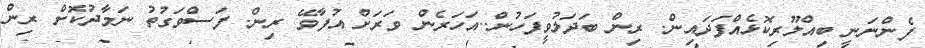
ފެންނަނީ ބިއްލޫރިކޮޅެއްފަދައިން. ރިން ބަދަލުވީފަހުން..އަހަރެން ވަރަށް އުފާވޭ ރިން. ފަސްވަގުތު ނަމާދުކޮށް ރިން